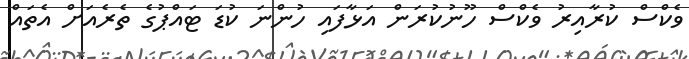
ވެކްސް ކުރާއިރު ވެކްސް ހޫނުކުރަން އަޅާފައި ހުންނަ ކުޑަ ޓައްޕުގެ ތެރެއަށް އެތައް